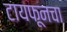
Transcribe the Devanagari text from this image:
टायफूनचा